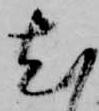
尤